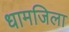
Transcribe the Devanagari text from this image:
धामजिला